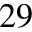
^ { 2 9 }